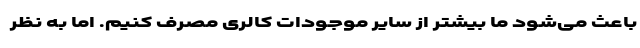
باعث می‌شود ما بیشتر از سایر موجودات کالری مصرف کنیم. اما به نظر